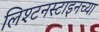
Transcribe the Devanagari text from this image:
लिश्टनस्टाइनच्या